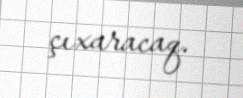
çıxaracaq.